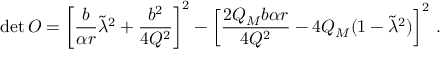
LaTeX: \mathrm { d e t } \, { \cal O } = \left[ \frac { b } { \alpha r } \tilde { \lambda } ^ { 2 } + \frac { b ^ { 2 } } { 4 Q ^ { 2 } } \right] ^ { 2 } - \left[ \frac { 2 Q _ { M } b \alpha r } { 4 Q ^ { 2 } } - 4 Q _ { M } ( 1 - \tilde { \lambda } ^ { 2 } ) \right] ^ { 2 } \, .